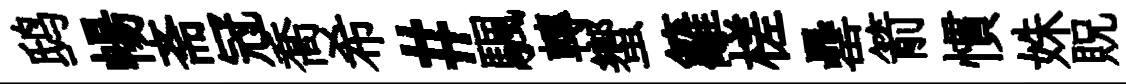
鸱暢斋冠喬希#颿轉蠁籬槎罍箭慣姝貺